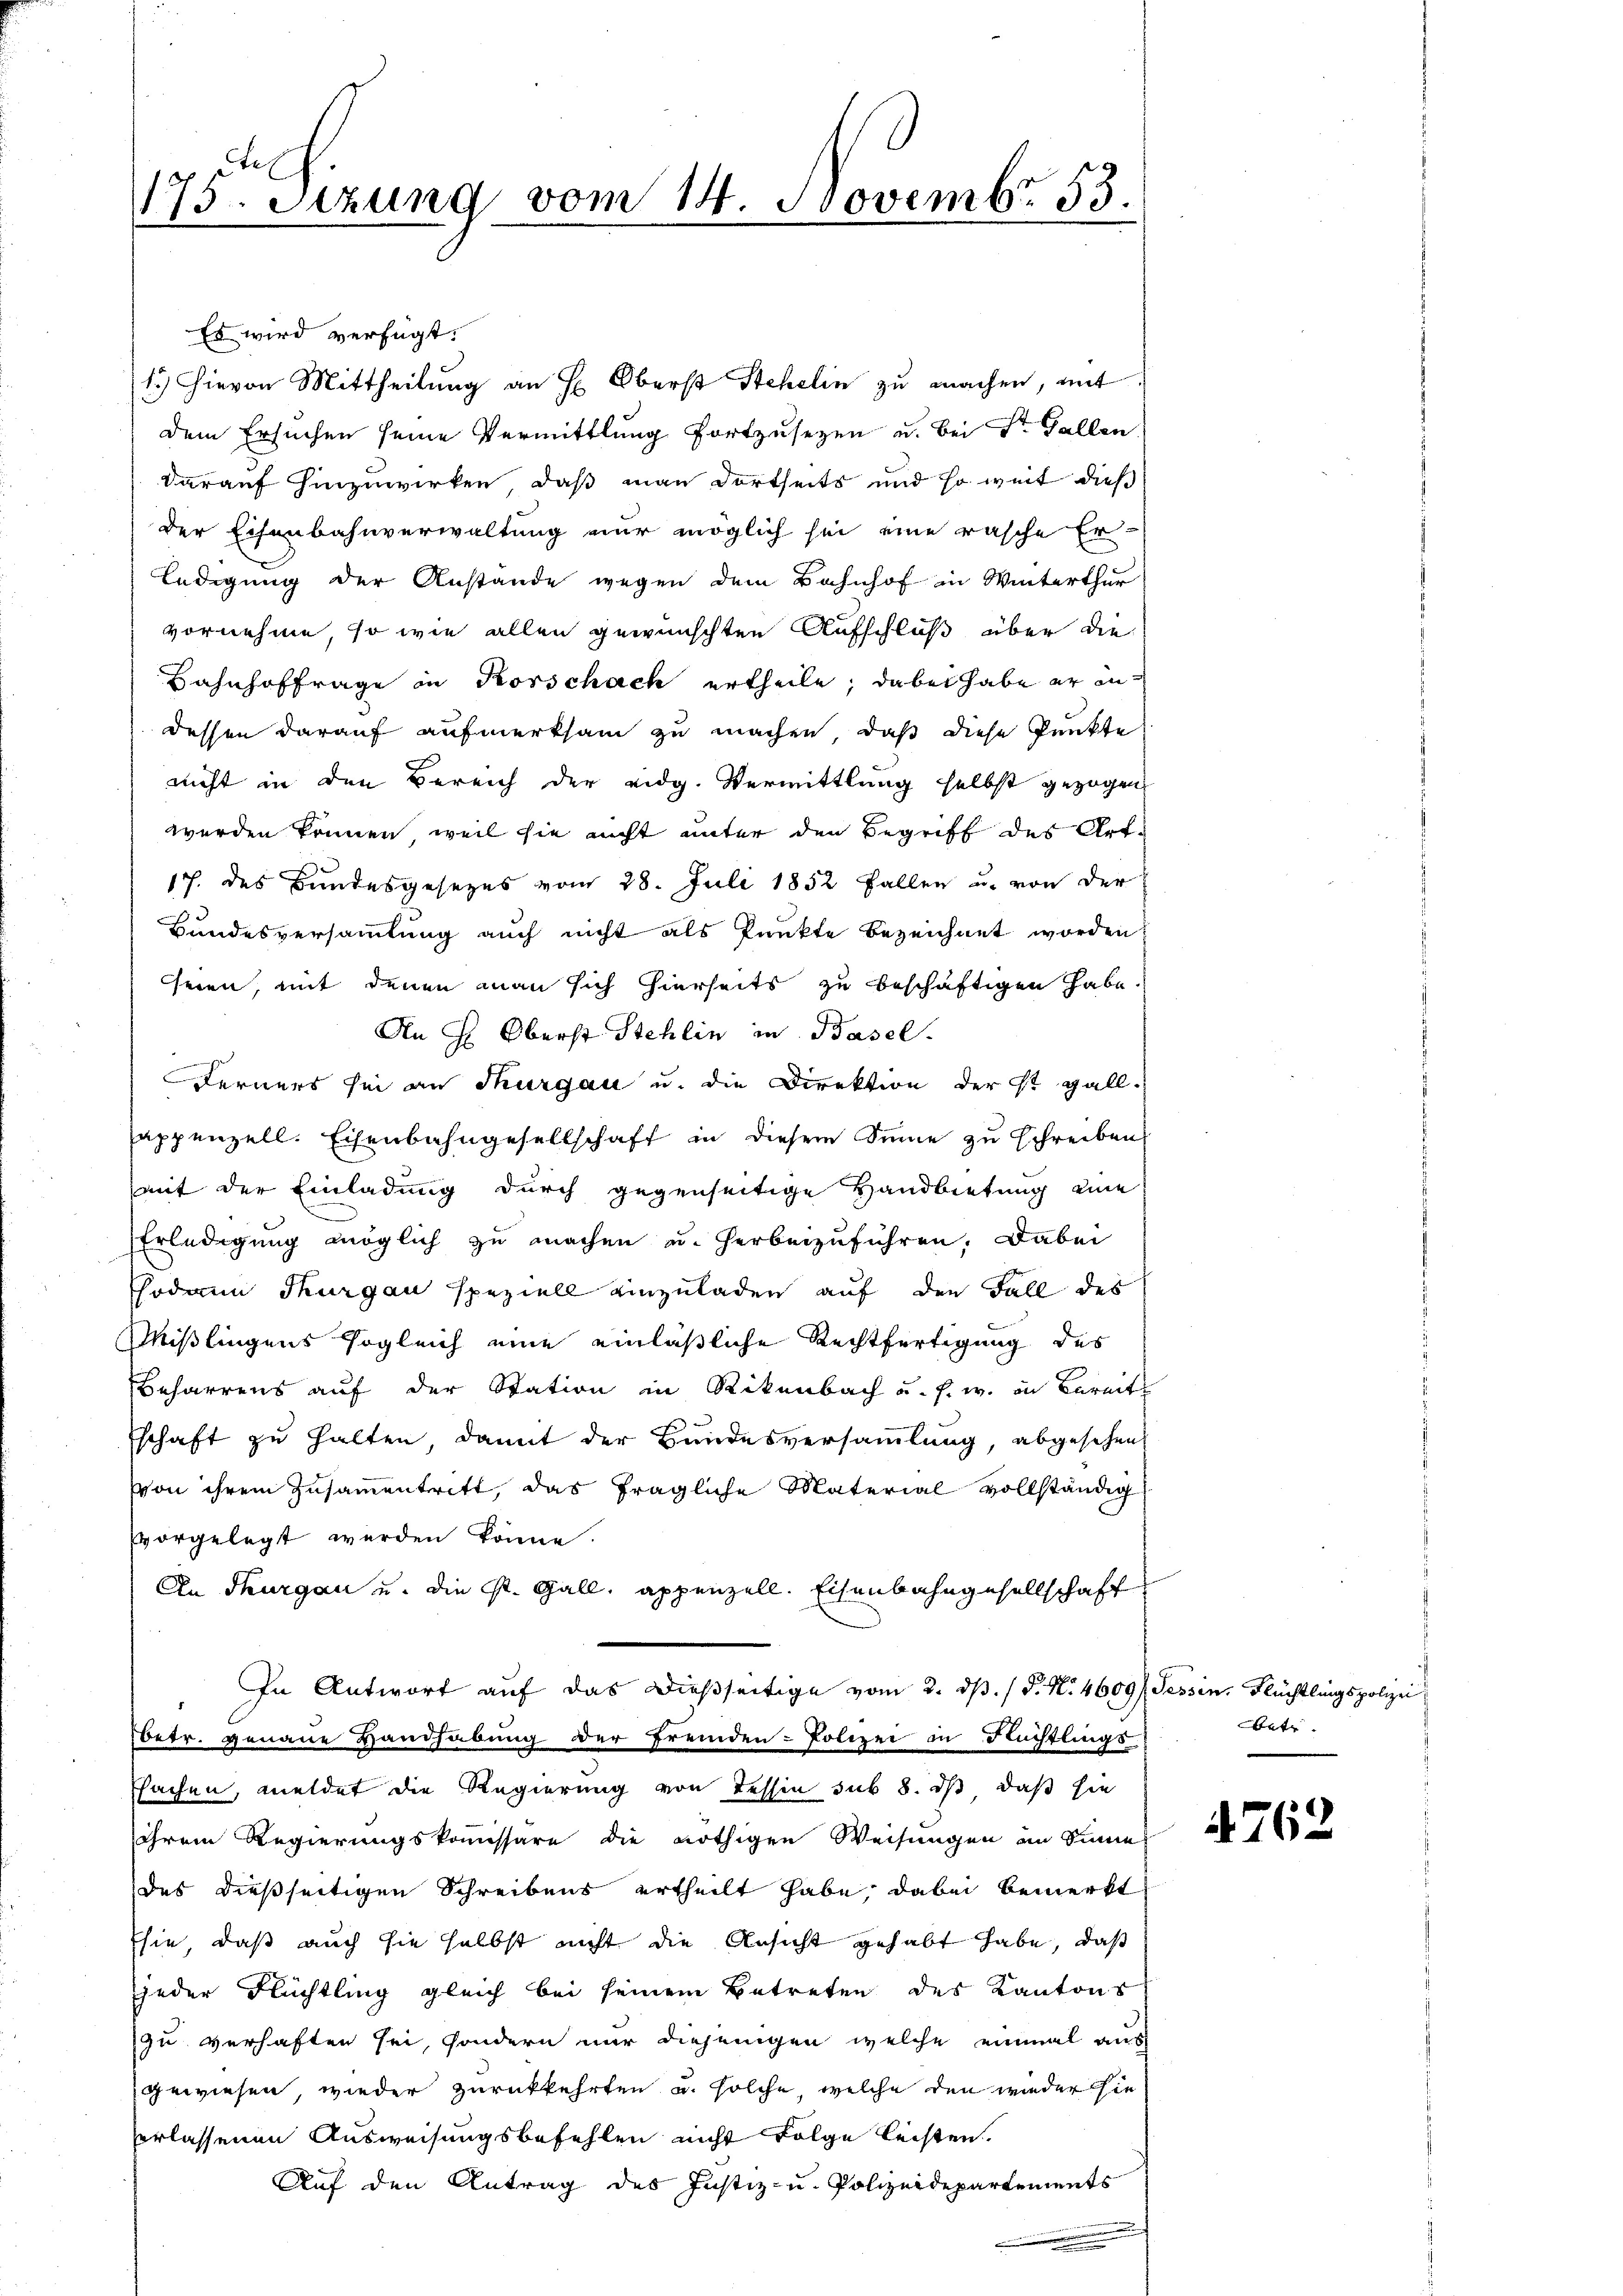
175. Sezung vom 14. Novembr 53.
s

Es wird verfügt:
1) Hievon Mittheilŭng an H. Oberst Stehelin zu machen, mit
dem Ersuchen seine Vermittlung fortzusetzen u. bei Sr. Gallen
darauf hinzuwirken, daß man dortseits und so weit dieß
der Eisenbahnverwaltung nur möglich sei eine rasche Er-
ledigung der Anstande wegen dem Bahnhof in Winterthur
vornehme, so wie allen gewünschten Aufschluß über die
Bahnhoffrage in Korschach ertheile; dabei habe er in
dessen darauf aufmerksam zu machen, daß diese Punkte
nicht in den Bereich der eidg. Vermittlung selbst gezogen
werden können, weil sie nicht unter den Begriff des Art
17. des Bundesgesezes vom 28. Juli 1852 Fallen u. von der
Bundesversammlung auch nicht als Punkte bezeichnet worden
seien, mit denen man sich hierseits zu beschäftigen habe
An H. Oberst Stehlin in Basel
Ferners sei an Thurgau u. die Direktion der St. Gall
appenzell. Eisenbahngesellschaft in diesem Sinne zu schreiben
mit der Einladung durch gegenseitige Handbietung eine
Erledigung möglich zu machen u. herbeizuführen. Dabei
sodann Thurgau speziell einzuladen auf den Fall des
Mißlingens sogleich eine einläßliche Rechtfertigung des
Beharrens auf der Station in Rikenbach u. f. w. in Bereit
schaft zu halten, damit der Bundesversammlung, abgesehen
von ihrem Zusammentritt, das fragliche Material vollständig
vorgelegt werden könne.
An Thurgau u. die St. Gall, appenzell. Eisenbahngesellschaft
In Antwort auf das dießseitige vom 2. dβ. / P. Nr. 4609/, Tessin, Flüchtlingspolizei
Ebetr. genaue Handhabung der fremden-Polizei in Flüchtlings
ffachen, meldet die Regierung von Tessin sub 8. dß daß sie
ihrem Regierungskommissäre die nöthigen Weisungen an Sinne
des dießseitigen Schreibens ertheilt habe; dabei bemerkt
sie, daß auch sie selbst nicht die Ansicht gehabt habe, daß
jeder Flüchtling gleich bei seinem Betreten des Kantons
zu verhaften sei, sondern nur diejenigen welche einmal aus
gewiesen, wieder zurückkehrten u. solche, welche den wieder sie
verlassenen Ausweisungsbefehlen nicht Folge leisten.
Auf den Antrag des Justiz- u. Polizeidepartements

betr.

4762